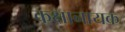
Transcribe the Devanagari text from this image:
कक्षानायक